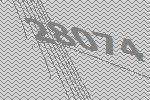
28074